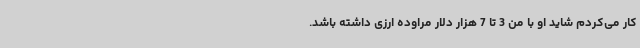
کار می‌کردم شاید او با من 3 تا 7 هزار دلار مراوده ارزی داشته باشد.